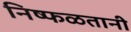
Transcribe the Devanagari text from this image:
निष्फळतानी